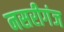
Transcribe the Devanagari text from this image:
नसरीगंज